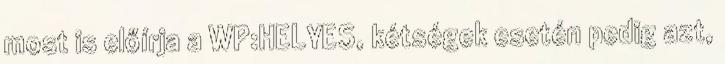
most is előírja a WP:HELYES, kétségek esetén pedig azt,